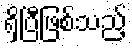
ရှိပြီဖြစ်သည့်